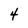
Character: 4